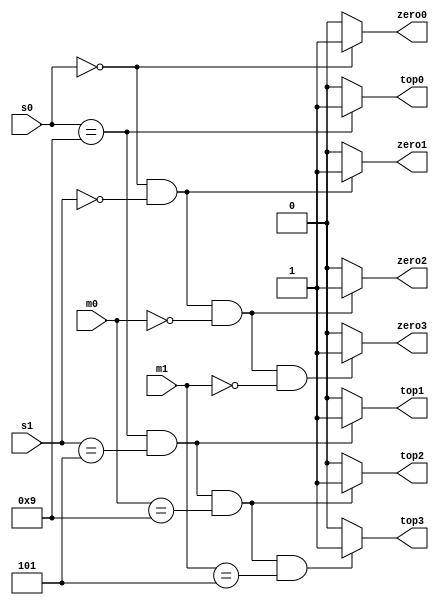
module top_zero_detector(
    input [3:0] s0,
    input [3:0] s1,
    input [3:0] m0,
    input [3:0] m1,
    output reg zero0,
    output reg zero1,
    output reg zero2,
    output reg zero3,
    output reg top0,
    output reg top1,
    output reg top2,
    output reg top3
    );
    
    always @* begin
        if (s0 == 4'd0 && s1 == 4'd0 && m0 == 4'd0 && m1 == 4'd0) zero3 = 1'b1;
        else zero3 = 1'b0;
        if (s0 == 4'd0 && s1 == 4'd0 && m0 == 4'd0) zero2 = 1'b1;
        else zero2 = 1'b0;
        if (s0 == 4'd0 && s1 == 4'd0) zero1 = 1'b1;
        else zero1 = 1'b0;
        if (s0 == 4'd0) zero0 = 1'b1;
        else zero0 = 1'b0;
        
        if (s0 == 4'd9 && s1 == 4'd5 && m0 == 4'd9 && m1 == 4'd5) top3 = 1'b1;
        else top3 = 1'b0;
        if (s0 == 4'd9 && s1 == 4'd5 && m0 == 4'd9) top2 = 1'b1;
        else top2 = 1'b0;
        if (s0 == 4'd9 && s1 == 4'd5) top1 = 1'b1;
        else top1 = 1'b0;
        if (s0 == 4'd9) top0 = 1'b1;
        else top0 = 1'b0;
    end
endmodule